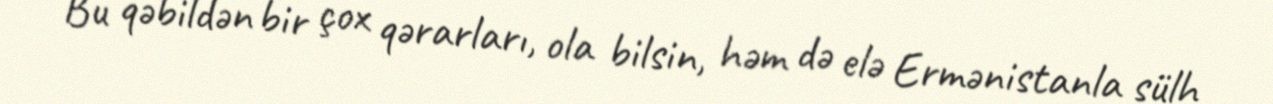
Bu qəbildən bir çox qərarları, ola bilsin, həm də elə Ermənistanla sülh